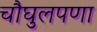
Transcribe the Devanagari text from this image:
चौघुलपणा